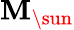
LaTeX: \mathbf{M}_{\sun}